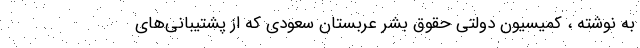
به نوشته ، کمیسیون دولتی حقوق بشر عربستان سعودی که از پشتیبانی‌های